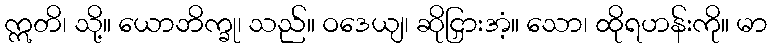
ဣတိ၊ သို့။ ယောဘိက္ခု၊ သည်။ ဝဒေယျ၊ ဆိုငြှားအံ့။ သော၊ ထိုရဟန်းကို။ မာ